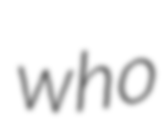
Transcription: who